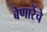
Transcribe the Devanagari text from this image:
बेणारेंचे